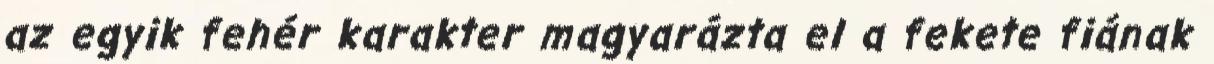
az egyik fehér karakter magyarázta el a fekete fiának